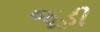
જૂડી